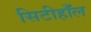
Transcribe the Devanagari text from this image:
सिटीहाँल